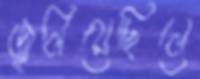
জ্বলিয়েছিলে